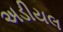
અડીયલ